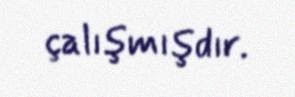
çalışmışdır.